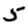
Digit: 5